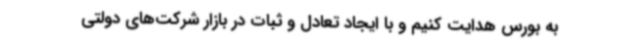
به بورس هدایت کنیم و با ایجاد تعادل و ثبات در بازار شرکت‌های دولتی